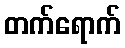
တက်ရောက်